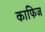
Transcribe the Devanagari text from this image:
काफिज